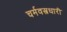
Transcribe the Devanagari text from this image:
चर्मवस्त्रधारी